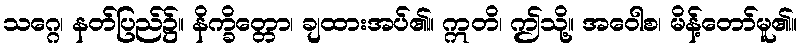
သဂ္ဂေ၊ နတ်ပြည်၌။ နိက္ခိတ္တော၊ ချထားအပ်၏။ ဣတိ၊ ဤသို့။ အဝေါစ၊ မိန့်တော်မူ၏။